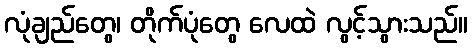
လုံချည်တွေ၊ တိုက်ပုံတွေ လေထဲ လွင့်သွားသည်။